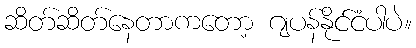
ဆိတ်ဆိတ်နေတာကတော့ ဂျပန်နိုင်ငံပါပဲ။